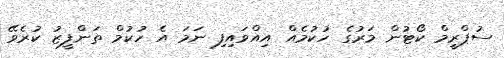
ސުޕްރީމް ކޯޓުން މަރުގެ ހުކުމެއް އިއްވައިފި ނަމަ އެ ހުކުމް ތަންފީޒު ކުރެވޭ